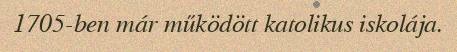
1705-ben már működött katolikus iskolája.